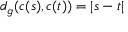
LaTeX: d _ { g } ( c ( s ) , c ( t ) ) = | s - t |